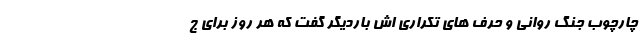
چارچوب جنگ روانی و حرف های تکراری اش باردیگر گفت که هر روز برای ج